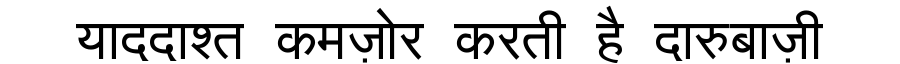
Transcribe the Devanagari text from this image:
याददाश्त कमज़ोर करती है दारुबाज़ी